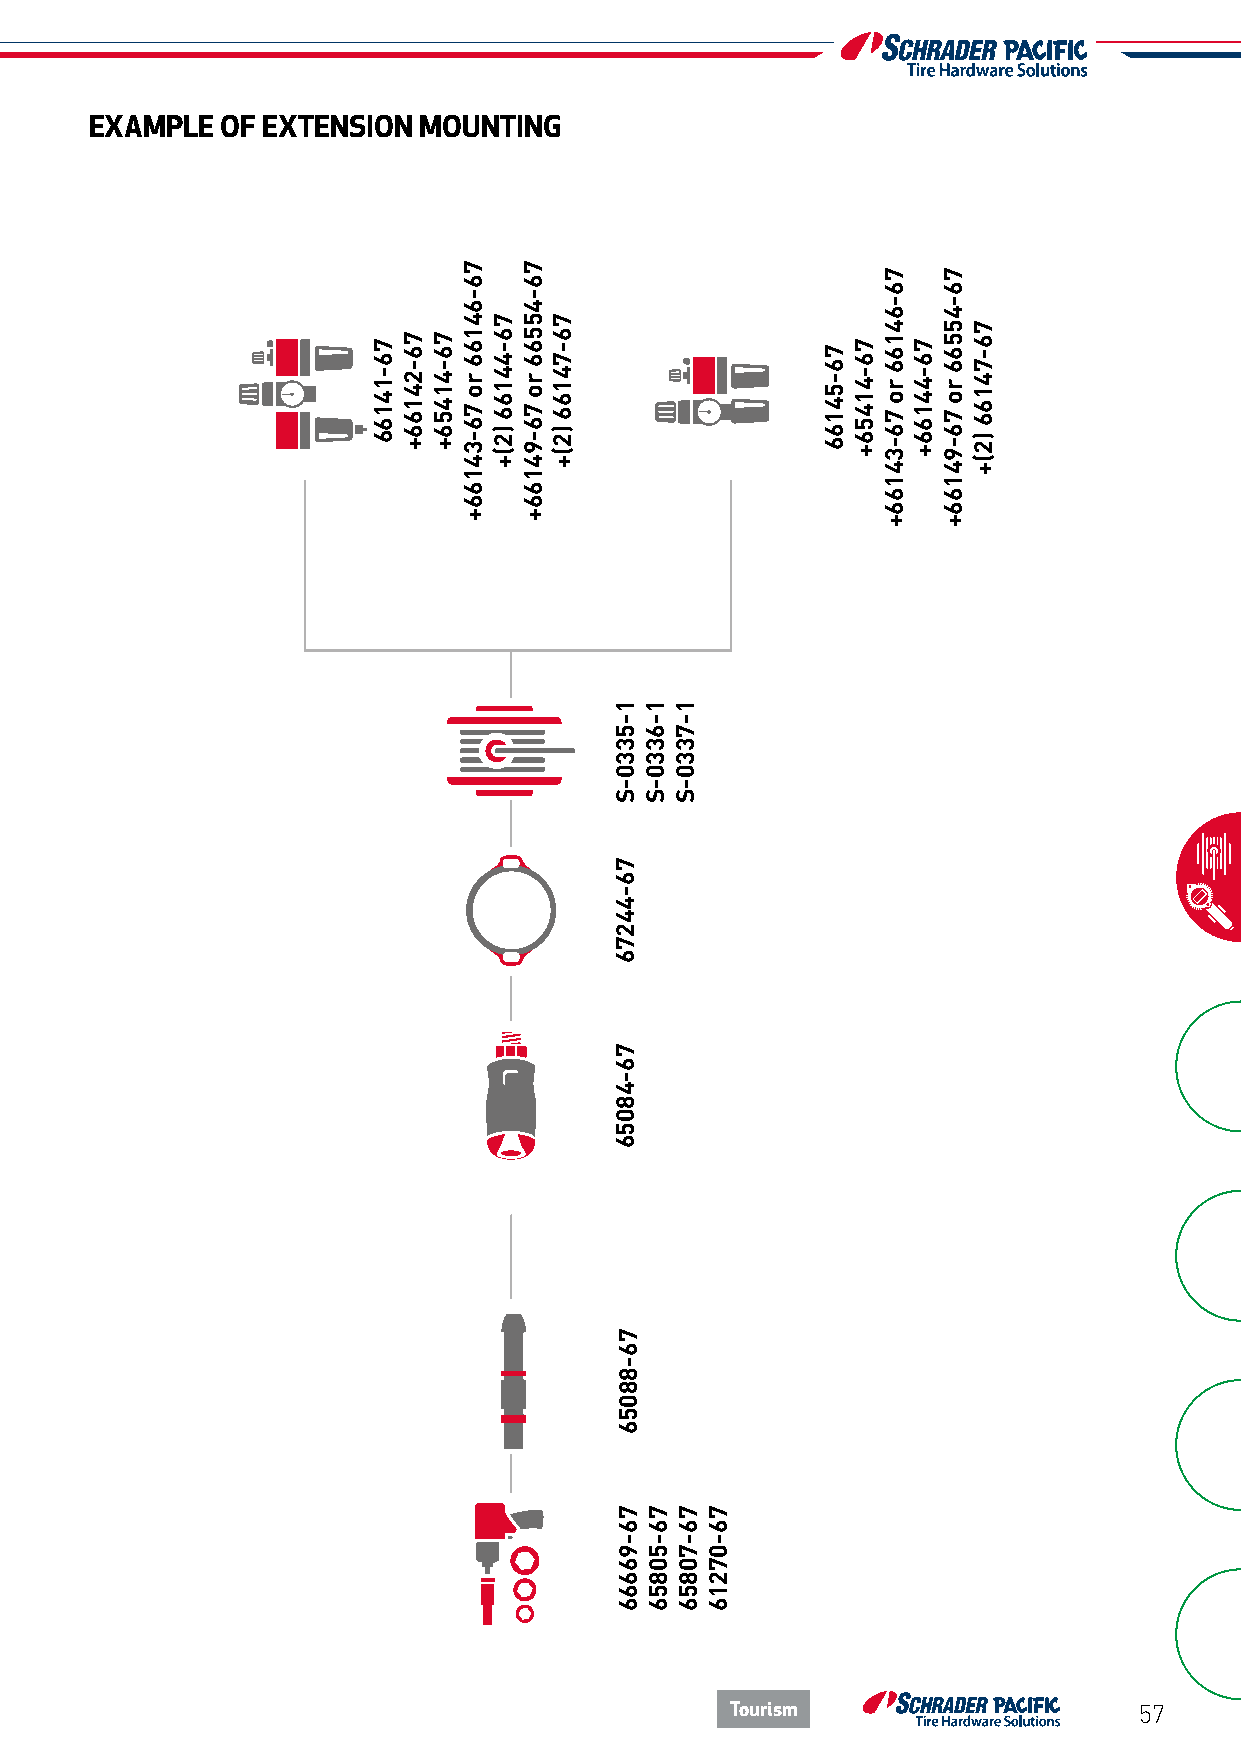
EXAMPLE  OF EXTENSION MOUNTING
 Tourism                    57
 76-14166
 76-24166+ 76-41456+
 76-64166
 ro
 76-34166+
 76-44166
 )2(+
 76-45566
 ro
 76-94166+
 76-74166
 )2(+
 1-5330-S
 76-44276
 76-48056
 76-88056
 76-96666
 1-6330-S
 76-50856
 1-7330-S
 76-70856 76-07216
 76-54166
 76-41456+
 76-64166
 ro
 76-34166+
 76-44166+
 76-45566
 ro
 76-94166+
 76-74166
 )2(+